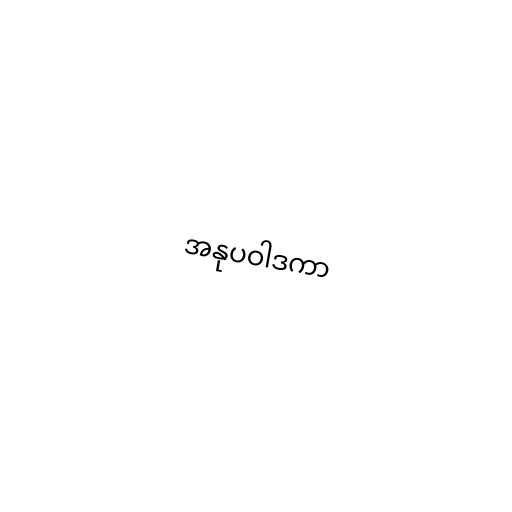
အနုပဝါဒကာ